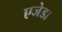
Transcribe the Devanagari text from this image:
एजेडा